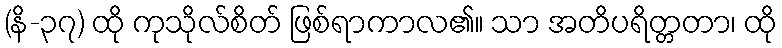
(နိ-၃၇) ထို ကုသိုလ်စိတ် ဖြစ်ရာကာလ၏။ သာ အတိပရိတ္တတာ၊ ထို